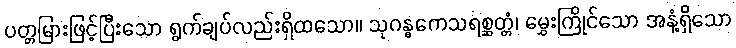
ပတ္တမြားဖြင့်ပြီးသော ရွက်ချပ်လည်းရှိထသော။ သုဂန္ဓကေသရစ္ဆတ္တံ၊ မွှေးကြိုင်သော အနံ့ရှိသော